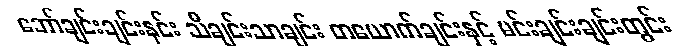
ဘော်ချင်းချင်းနင်း သီချင်းသာချင်း တယောက်ချင်းနှင့် မင်းချင်းချင်းတွင်း